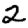
Digit: 2